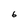
Character: 6